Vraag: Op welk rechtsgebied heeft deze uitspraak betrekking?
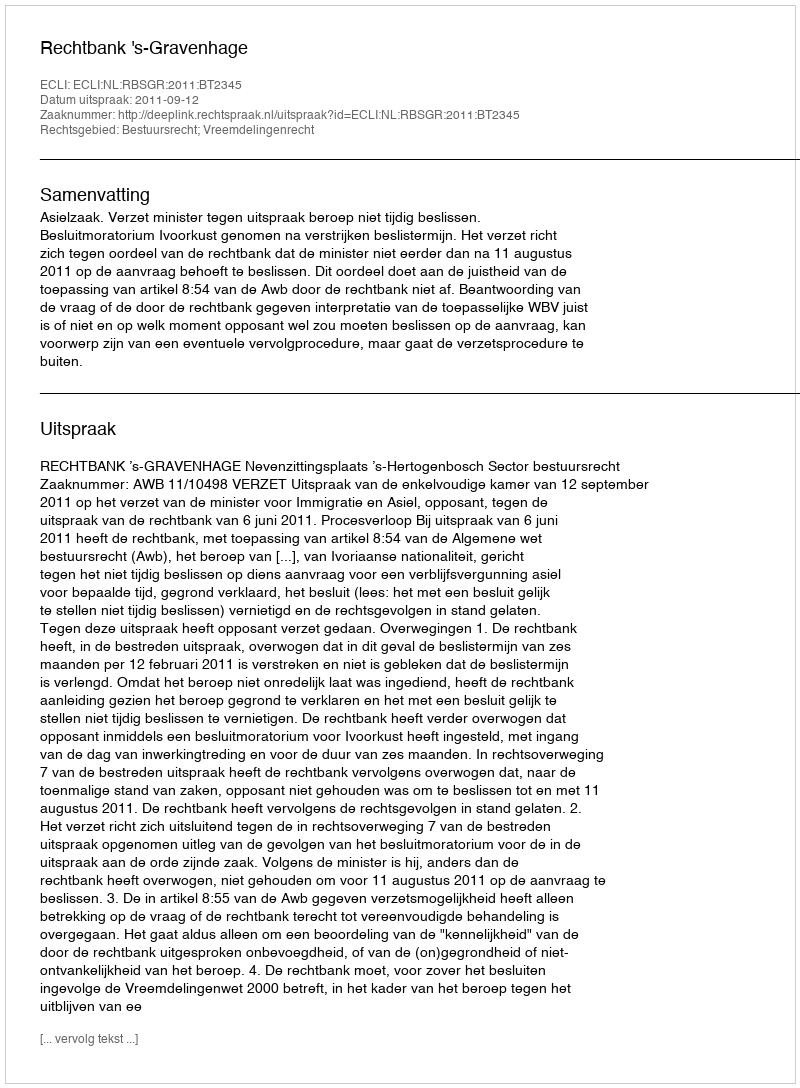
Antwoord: Bestuursrecht; Vreemdelingenrecht